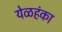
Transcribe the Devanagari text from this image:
येळहंका